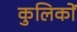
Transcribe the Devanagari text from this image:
कुलिकों